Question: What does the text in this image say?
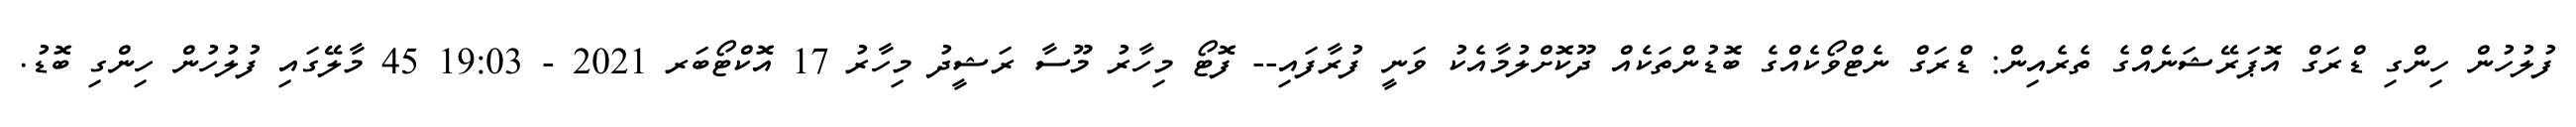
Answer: ފުލުހުން ހިންގި ޑްރަގް އޮޕަރޭޝަނެއްގެ ތެރެއިން: ޑްރަގް ނެޓްވޯކެއްގެ ބޮޑުންތަކެއް ދޫކޮށްލުމާއެކު ވަނީ ފުރާފައި-- ފޮޓޯ މިހާރު މޫސާ ރަޝީދު މިހާރު 17 އޮކްޓޯބަރ 2021 - 19:03 45 މާލޭގައި ފުލުހުން ހިންގި ބޮޑު.